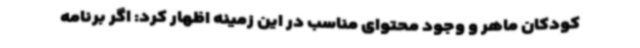
کودکان ماهر و وجود محتوای مناسب در این زمینه اظهار کرد: اگر برنامه